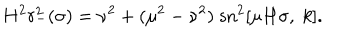
H ^ { 2 } r _ { - } ^ { 2 } ( \sigma ) = \nu ^ { 2 } + ( \mu ^ { 2 } - \nu ^ { 2 } ) \; \mathrm { s n } ^ { 2 } [ \mu H \sigma , \; k ] .